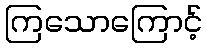
ကြသောကြောင့်